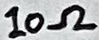
Text: 10Ω